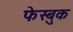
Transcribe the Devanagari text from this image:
फेस्बुक